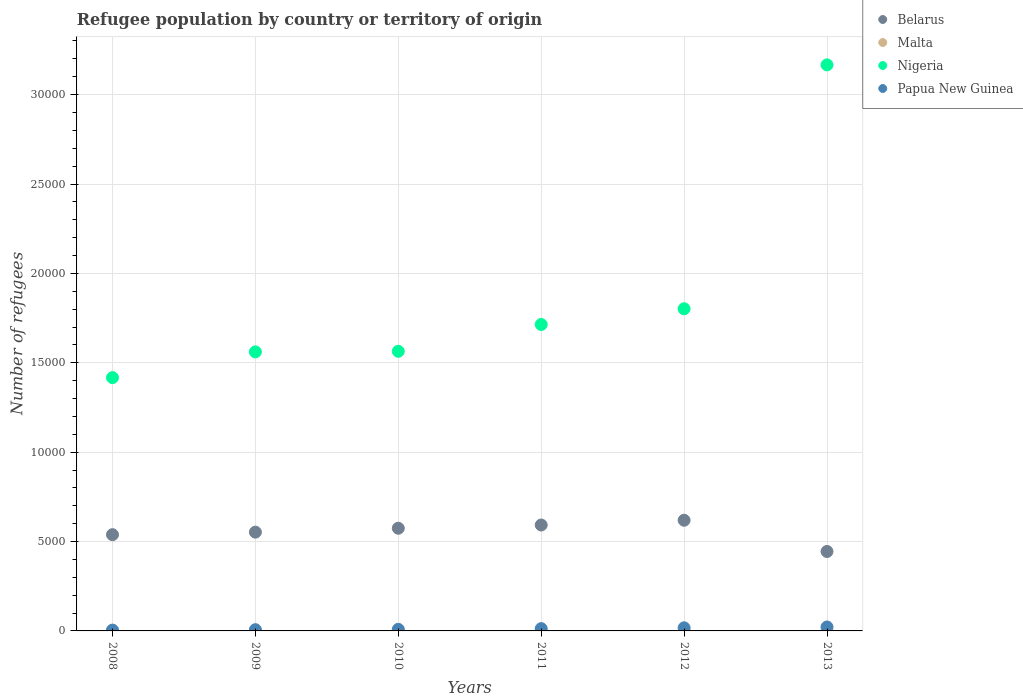
| Years | Belarus | Malta | Nigeria | Papua New Guinea |
 | --- | --- | --- | --- | --- |
 | 2008 | 5.38e+03 | 9 | 1.42e+04 | 46 |
 | 2009 | 5.52e+03 | 9 | 1.56e+04 | 70 |
 | 2010 | 5.74e+03 | 6 | 1.56e+04 | 89 |
 | 2011 | 5.92e+03 | 6 | 1.71e+04 | 128 |
 | 2012 | 6.19e+03 | 6 | 1.8e+04 | 174 |
 | 2013 | 4.44e+03 | 6 | 3.17e+04 | 221 |